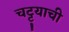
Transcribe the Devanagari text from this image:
चट्ट्याची